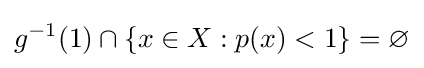
g^{-1}(1)\cap \{x\in X:p(x)<1\}=\varnothing